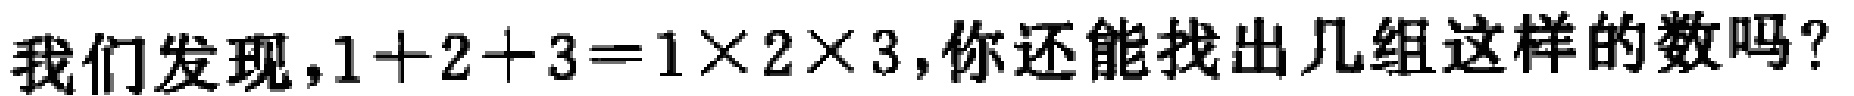
我们发现，$1 + 2 + 3 = 1\times 2\times 3$，你还能找出几组这样的数吗？